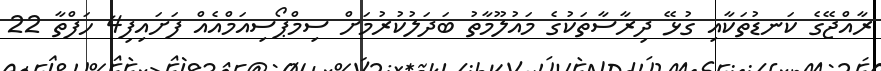
ރާއްޖޭގެ ކަނޑުތަކާއި ގުޅޭ ދިރާސާތަކުގެ މައުލޫމާތު ބަދަލުކުރުމަށް ސިމްޕޯސިއަމްއެއް ފަށައިފި4 ހަފްތާ 22